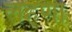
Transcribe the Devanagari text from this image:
लहणा